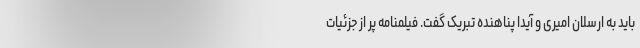
باید به ارسلان امیری و آیدا پناهنده تبریک گفت. فیلمنامه پر از جزئیات